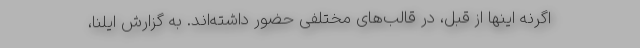
اگرنه اینها از قبل، در قالب‌های مختلفی حضور داشته‌اند. به گزارش ایلنا،